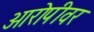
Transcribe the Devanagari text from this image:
आरोपीवर